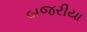
બજરીયા